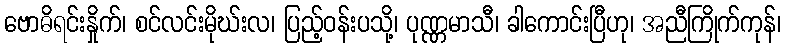
ဗောဓိရင်းနှိုက်၊ စင်လင်းမိုဃ်းလ၊ ပြည့်ဝန်းပသို့၊ ပုဏ္ဏမာသီ၊ ခါကောင်းပြီဟု၊ အညီကြိုက်ကုန်၊